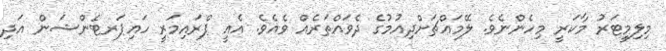
މިލިމީޓަރު މާކަރީ މިހެންނެވެ. ލޭމައްޗަށްދިއުމުގެ ދެވައްތަރެއް ވެއެވެ. އެއީ ޕްރައިމަރީ ހައިޕަރޓެންޝަން އަދި